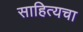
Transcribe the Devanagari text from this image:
साहित्यचा